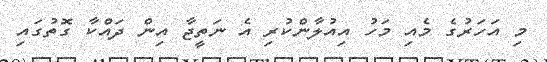
މި އަހަރުގެ މެއި މަހު އިއުލާންކުރި އެ ނަތީޖާ އިން ދައްކާ ގޮތުގައި